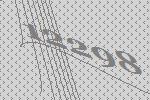
12298